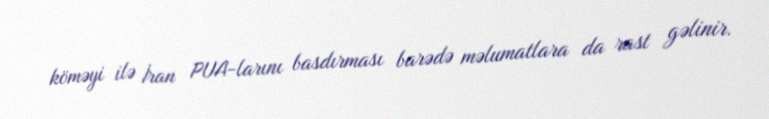
köməyi ilə İran PUA-larını basdırması barədə məlumatlara da rast gəlinir.